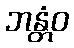
ဘန္တံဝ